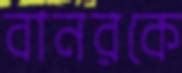
বানরকে